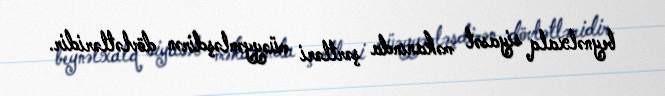
beynəlxalq siyasət məkanında şərtləri müəyyənləşdirən dövlətləridir.